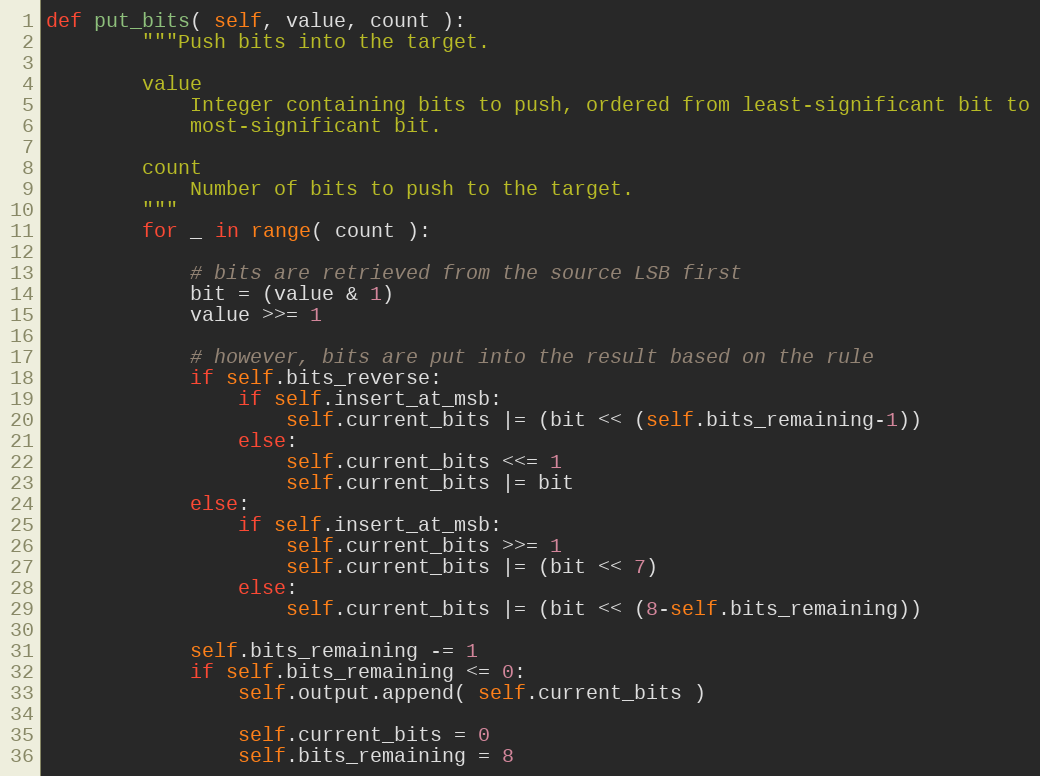
Language: Python
def put_bits( self, value, count ):
        """Push bits into the target.

        value
            Integer containing bits to push, ordered from least-significant bit to
            most-significant bit.

        count
            Number of bits to push to the target.
        """
        for _ in range( count ):

            # bits are retrieved from the source LSB first
            bit = (value & 1)
            value >>= 1

            # however, bits are put into the result based on the rule
            if self.bits_reverse:
                if self.insert_at_msb:
                    self.current_bits |= (bit << (self.bits_remaining-1))
                else:
                    self.current_bits <<= 1
                    self.current_bits |= bit
            else:
                if self.insert_at_msb:
                    self.current_bits >>= 1
                    self.current_bits |= (bit << 7)
                else:
                    self.current_bits |= (bit << (8-self.bits_remaining))

            self.bits_remaining -= 1
            if self.bits_remaining <= 0:
                self.output.append( self.current_bits )

                self.current_bits = 0
                self.bits_remaining = 8